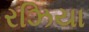
રઝિયા